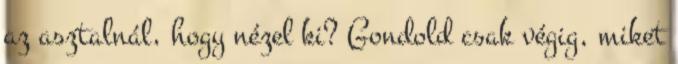
az asztalnál, hogy nézel ki? Gondold csak végig, miket